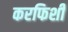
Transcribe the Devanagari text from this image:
करफिशीं